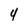
Character: 4